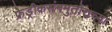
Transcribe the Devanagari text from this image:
फ्रेड्रीकसंनमुतोराच्या